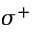
\sigma ^ { + }